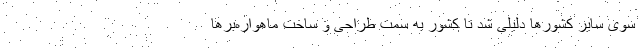
سوی سایر کشورها دلیلی شد تا کشور به سمت طراحی و ساخت ماهواره‌برها